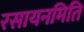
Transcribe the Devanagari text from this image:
रसायनमिति